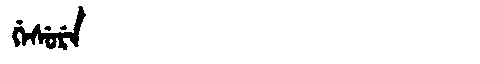
Manchu: ᡤᡝᠰᡠᡵᡝ
Romanization: GESURE